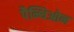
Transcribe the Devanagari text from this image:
पैन्थिओन